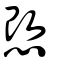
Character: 𢚢